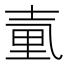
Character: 𡔬